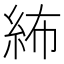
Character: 𥿠